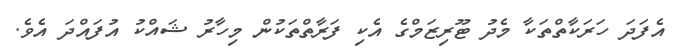
އެފަދަ ހަރަކާތްތަކާ މެދު ޓޫރިޒަމްގެ އެކި ފަރާތްތަކުން މިހާރު ޝައްކު އުފައްދަ އެވެ.